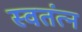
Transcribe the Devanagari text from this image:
स्वतंत्न